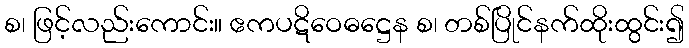
စ၊ ဖြင့်လည်းကောင်း။ ဧကပဋိဝေဓဋ္ဌေန စ၊ တစ်ပြိုင်နက်ထိုးထွင်း၍